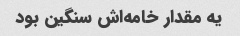
یه مقدار خامه‌اش سنگین بود